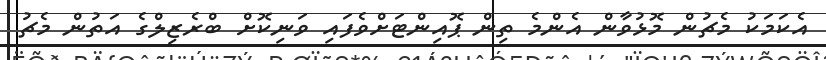
އެކަމަކު މެޗުން މޮޅުވާން އެންމެ ތިން ޕޮއިންޓަށްވެފައި ވަނިކޮށް ބްރެޒިލްގެ އަތުން މެޗު